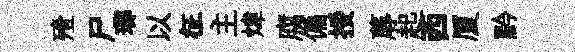
殪尸瑯以征主煒腐偏挼蓐起西厦黔